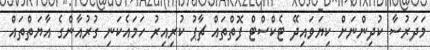
މަދަރުސާ ކުދިންނަށް ކިޔަވައިދޭ ޓެކްސްޓް ފޮތްތައް ޗާޕު ކުރިއިރު ހަމައެކަނި ގުރުއާންގެ އާޔަތްތައް